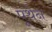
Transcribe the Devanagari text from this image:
पूथेन